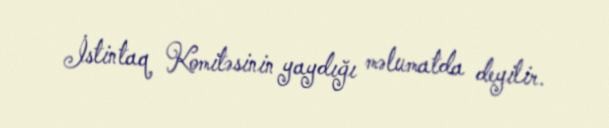
İstintaq Komitəsinin yaydığı məlumatda deyilir.